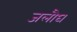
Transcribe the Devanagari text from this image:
जलौघ